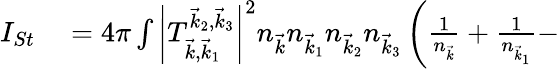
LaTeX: \begin{array}{rl}{I_{St}}&{{}=4\pi\int\left|T_{\vec{k},\vec{k}_{1}}^{\vec{k}_{2},\vec{k}_{3}}\right|^{2}n_{\vec{k}}n_{\vec{k}_{1}}n_{\vec{k}_{2}}n_{\vec{k}_{3}}\left(\frac{1}{n_{\vec{k}}}+\frac{1}{n_{\vec{k}_{1}}}-\right.}\end{array}